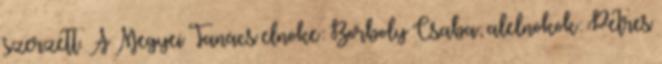
szerzett. A Megyei Tanács elnöke: Borboly Csaba; alelnökök: Petres